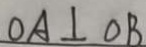
O A \bot O B